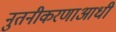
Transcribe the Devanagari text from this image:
नुतनीकरणाआधी